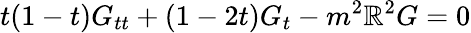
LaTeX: t(1-t)G_{tt}+(1-2t)G_{t}-m^{2}\mathbb{R}^{2}G=0